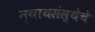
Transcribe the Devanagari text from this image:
न्यायसंस्थेचे